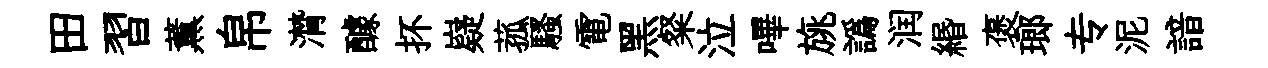
田習薫帛潸醵抔嶷菰騷電黑粲泣嗶旐譌润緡褒瑯专泥諳